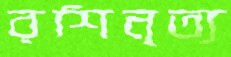
রশিনৃত্য